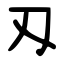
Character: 刄